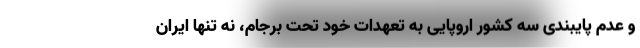
و عدم پایبندی سه کشور اروپایی به تعهدات خود تحت برجام، نه تنها ایران